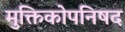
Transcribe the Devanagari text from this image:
मुक्तिकोपनिषद